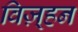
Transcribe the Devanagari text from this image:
विज़्हन